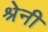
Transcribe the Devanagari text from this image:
श्रेनी